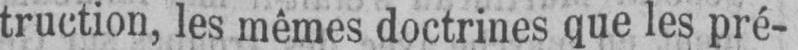
truction, les mêmes doctrines que les pré-